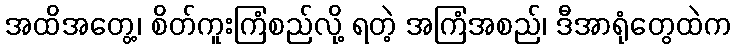
အထိအတွေ့၊ စိတ်ကူးကြံစည်လို့ ရတဲ့ အကြံအစည်၊ ဒီအာရုံတွေထဲက